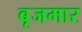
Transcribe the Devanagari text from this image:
बृजमार